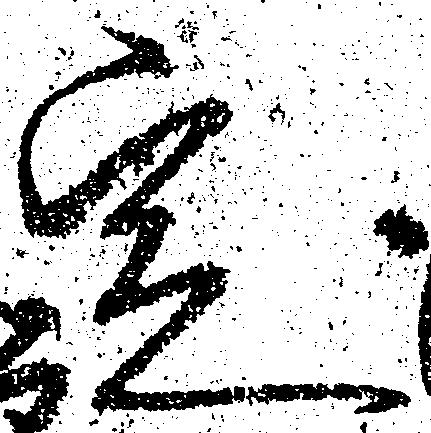
定